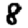
Digit: 8